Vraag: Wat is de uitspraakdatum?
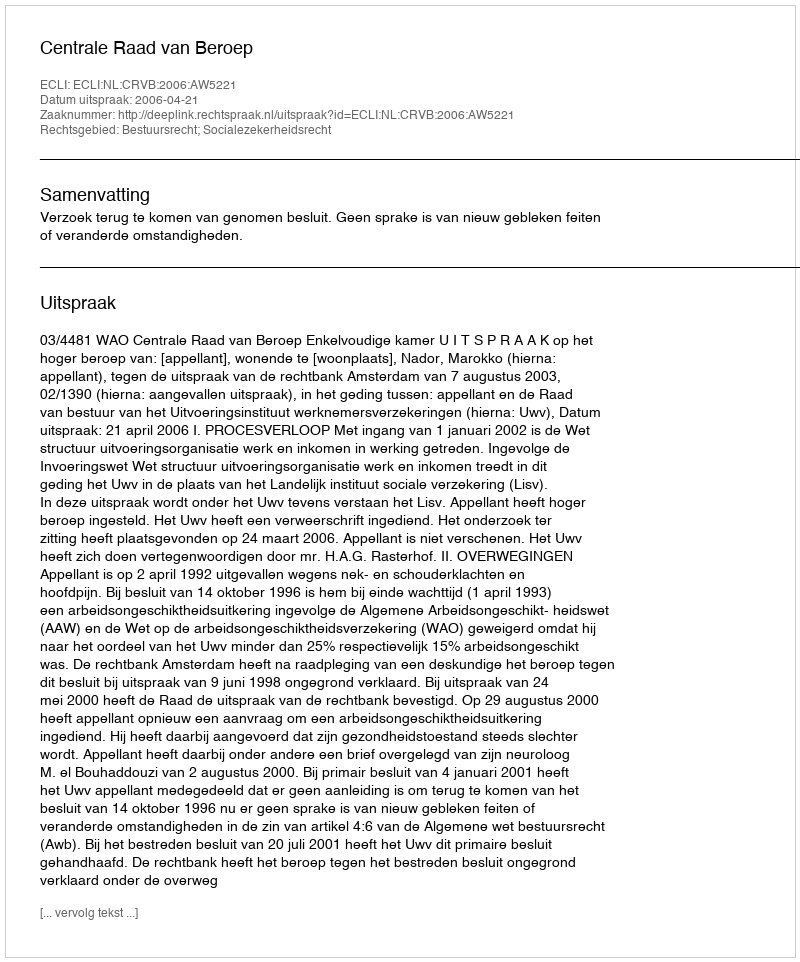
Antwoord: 2006-04-21